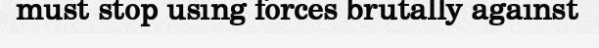
must stop using forces brutally against